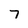
Character: 7